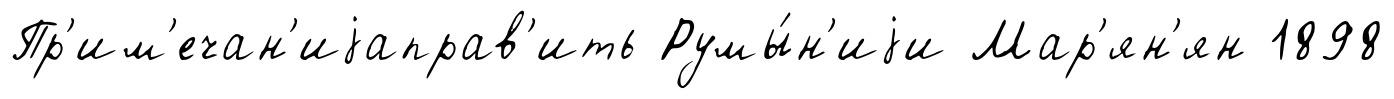
Пр'им'ечан'иjаправ'ить Румы́н'иjи Мар'ян'ян 1898